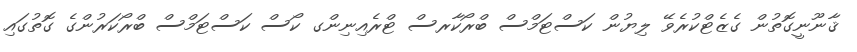
ޤާނޫނީގޮތުން ގެޒެޓްކުރެވޭ ލިޔުން ކަސްޓަމްސް ބްރޯކާރސް ޓްރެއިނިންގ ކޯސް ކަސްޓަމްސް ބްރޯކަރުންގެ ގޮތުގައި